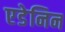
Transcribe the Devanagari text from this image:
एडेनिन